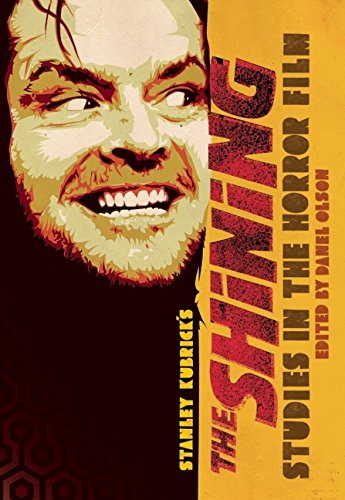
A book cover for Studies in the Horror Film: Stanley Kubrick's The Shining; Tony Magistrale; Humor & Entertainment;